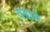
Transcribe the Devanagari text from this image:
वडामे